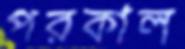
পরকাল